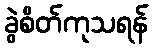
ခွဲစိတ်ကုသရန်